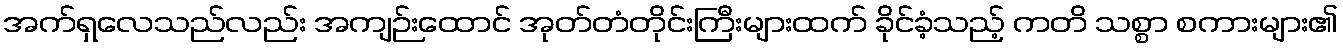
အက်ရှလေသည်လည်း အကျဉ်းထောင် အုတ်တံတိုင်းကြီးများထက် ခိုင်ခံ့သည့် ကတိ သစ္စာ စကားများ၏